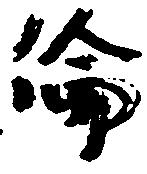
倫